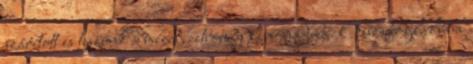
szárított is teszünk a mézes, citromos limonádéba. Összefoglalva a